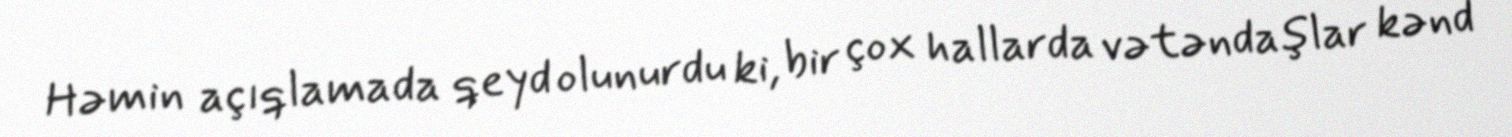
Həmin açıqlamada qeyd olunurdu ki, bir çox hallarda vətəndaşlar kənd